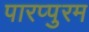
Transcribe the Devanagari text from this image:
पारप्पुरम